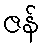
ဇန်